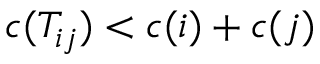
c ( T _ { i j } ) < c ( i ) + c ( j )